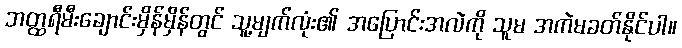
ဘတ္ထရီမီးချောင်းမှိန်မှိန်တွင် သူ့မျက်လုံး၏ အပြောင်းအလဲကို သူမ အကဲမခတ်နိုင်ပါ။